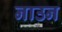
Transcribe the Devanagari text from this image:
नाउन